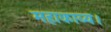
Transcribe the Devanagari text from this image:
महाकाव्य।